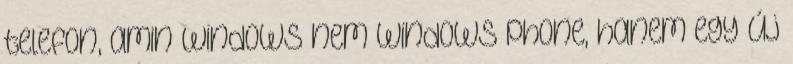
telefon, amin windows nem windows phone, hanem egy új